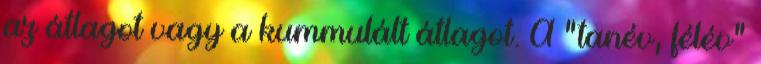
az átlagot vagy a kummulált átlagot. A "tanév, félév"